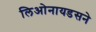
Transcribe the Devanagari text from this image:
लिओनायडसने